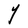
Character: Y